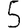
Digit: 5